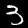
Digit: 3